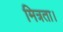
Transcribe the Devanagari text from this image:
मित्रता।